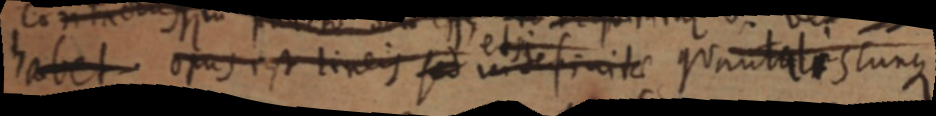
habet opus est lineis sed indefinitae quantalis cunque